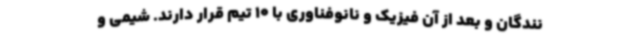
نندگان و بعد از آن فیزیک و نانوفناوری با 10 تیم قرار دارند. شیمی و